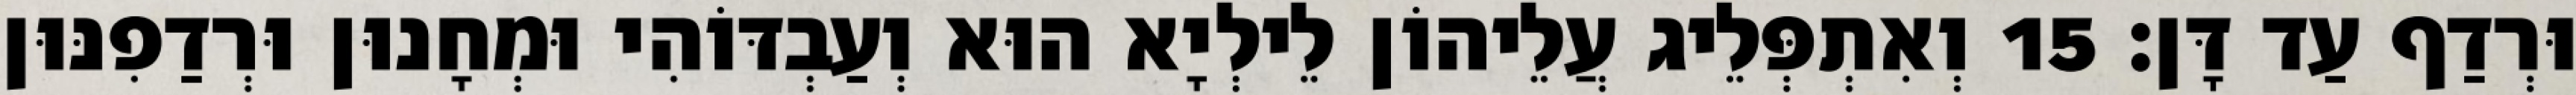
וּרְדַף עַד דָּן׃ 15 וְאִתְפְּלֵיג עֲלֵיהוֹן לֵילְיָא הוּא וְעַבְדּוֹהִי וּמְחָנוּן וּרְדַפִנּוּן